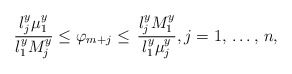
\begin{align*}\frac{l_{j}^{y}\mu_{1}^{y}}{l_{1}^{y}M_{j}^{y}}\le \varphi_{m+j}\le \mathrm{\thinspace }\frac{l_{j}^{y}M_{1}^{y}}{l_{1}^{y}\mu_{j}^{y}}, j=1,\thinspace \mathellipsis ,\thinspace n,\end{align*}